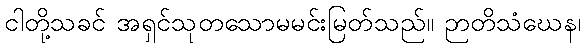
ငါတို့သခင် အရှင်သုတသောမမင်းမြတ်သည်။ ဉာတိသံဃေန၊